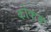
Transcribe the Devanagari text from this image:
कोकह